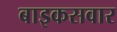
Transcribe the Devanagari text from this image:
बाइकसवार